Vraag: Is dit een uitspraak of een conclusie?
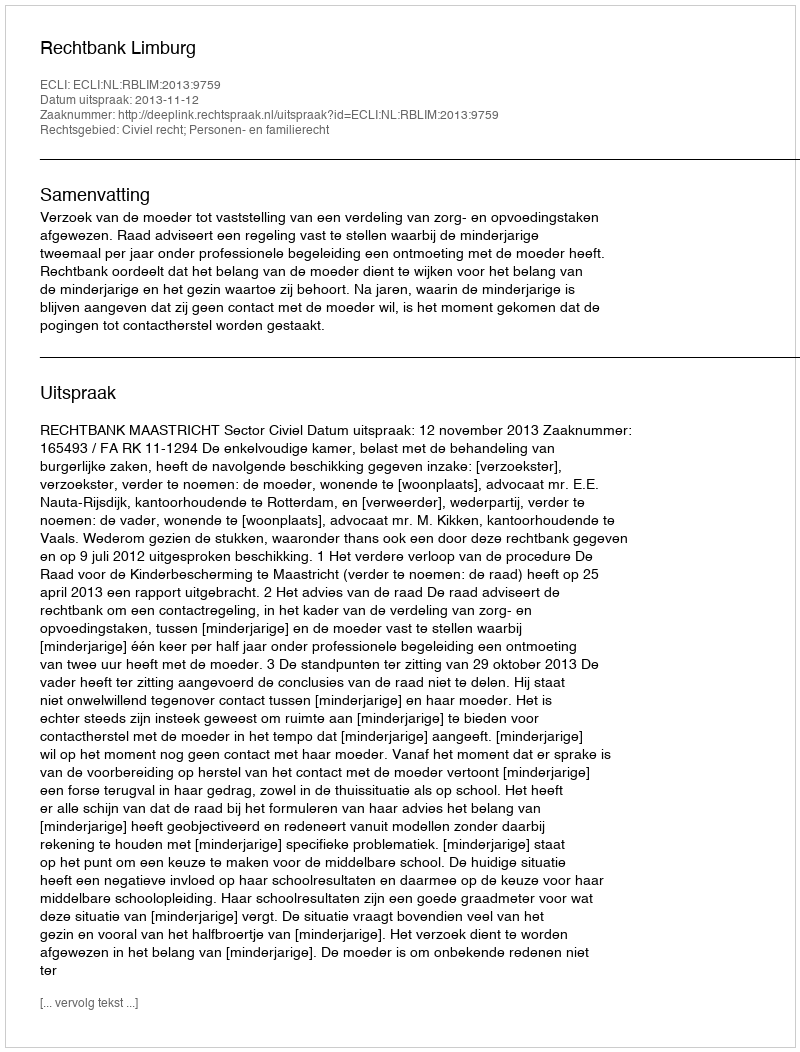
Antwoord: Uitspraak